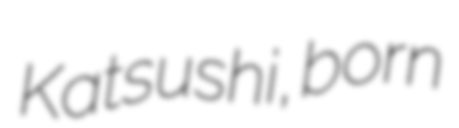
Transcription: Katsushi, born